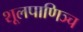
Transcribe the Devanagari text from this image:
शूलपाणिञ्च